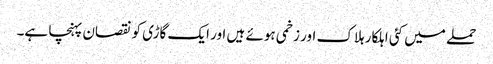
حملے میں کئی اہلکار ہلاک اور زخمی ہوئے ہیں اور ایک گاڑی کو نقصان پہنچا ہے۔